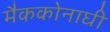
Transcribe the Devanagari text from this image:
मैककोनाघी